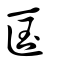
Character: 匤